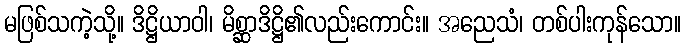
မဖြစ်သကဲ့သို့။ ဒိဋ္ဌိယာဝါ၊ မိစ္ဆာဒိဋ္ဌိ၏လည်းကောင်း။ အညေသံ၊ တစ်ပါးကုန်သော။